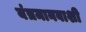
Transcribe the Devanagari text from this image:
यंत्रमानवाशी